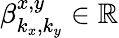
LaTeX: \beta_{k_{x},k_{y}}^{x,y}\in\mathbb{R}